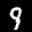
Label: 9